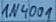
Text: 1N4001